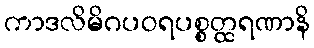
ကာဒလိမိဂပဝရပစ္စတ္ထရဏာနိ